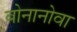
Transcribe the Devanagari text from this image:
बोनानोवा